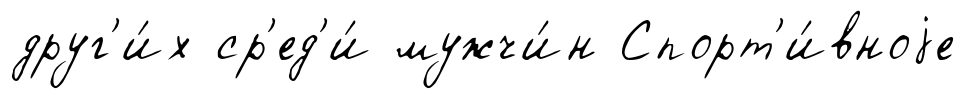
друг'и́х ср'ед'и́ мужчи́н Спорт'и́вноjе